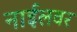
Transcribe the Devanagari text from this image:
नाईलवर